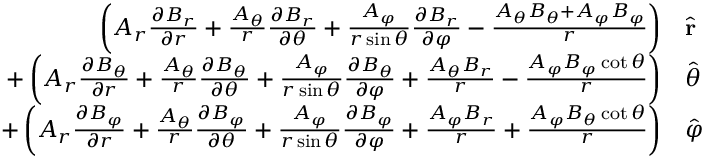
{ \begin{array} { r l } { \left( A _ { r } { \frac { \partial B _ { r } } { \partial r } } + { \frac { A _ { \theta } } { r } } { \frac { \partial B _ { r } } { \partial \theta } } + { \frac { A _ { \varphi } } { r \sin \theta } } { \frac { \partial B _ { r } } { \partial \varphi } } - { \frac { A _ { \theta } B _ { \theta } + A _ { \varphi } B _ { \varphi } } { r } } \right) } & { { \hat { \mathbf { r } } } } \\ { + \left( A _ { r } { \frac { \partial B _ { \theta } } { \partial r } } + { \frac { A _ { \theta } } { r } } { \frac { \partial B _ { \theta } } { \partial \theta } } + { \frac { A _ { \varphi } } { r \sin \theta } } { \frac { \partial B _ { \theta } } { \partial \varphi } } + { \frac { A _ { \theta } B _ { r } } { r } } - { \frac { A _ { \varphi } B _ { \varphi } \cot \theta } { r } } \right) } & { { \hat { \boldsymbol { \theta } } } } \\ { + \left( A _ { r } { \frac { \partial B _ { \varphi } } { \partial r } } + { \frac { A _ { \theta } } { r } } { \frac { \partial B _ { \varphi } } { \partial \theta } } + { \frac { A _ { \varphi } } { r \sin \theta } } { \frac { \partial B _ { \varphi } } { \partial \varphi } } + { \frac { A _ { \varphi } B _ { r } } { r } } + { \frac { A _ { \varphi } B _ { \theta } \cot \theta } { r } } \right) } & { { \hat { \boldsymbol { \varphi } } } } \end{array} }